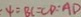
4 = B C = C D = A D